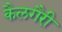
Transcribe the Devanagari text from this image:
कैलगैरी